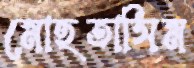
মোহতাসিম